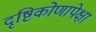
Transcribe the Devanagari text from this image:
दृष्टिकोणापेक्षा